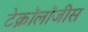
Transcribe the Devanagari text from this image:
टेक्नॉलॉजीस